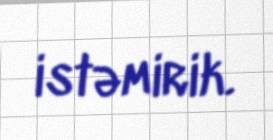
istəmirik.